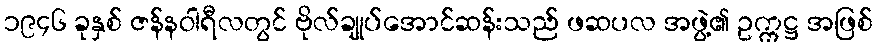
၁၉၄၆ ခုနှစ် ဇန်နဝါရီလတွင် ဗိုလ်ချုပ်အောင်ဆန်းသည် ဖဆပလ အဖွဲ့၏ ဥက္ကဋ္ဌ အဖြစ်